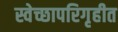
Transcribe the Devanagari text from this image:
स्वेच्छापरिगृहीत